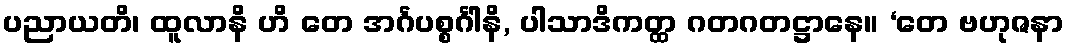
ပညာယတိ၊ ထူလာနိ ဟိ တေ အင်္ဂပစ္စင်္ဂါနိ, ပါသာဒိကတ္ထ ဂတဂတဋ္ဌာနေ။ ‘တေ ဗဟုဇနာ